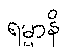
ရမ္မာနိ